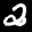
Label: 2